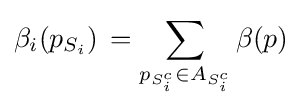
\beta _{i}(p_{S_{i}})\,=\displaystyle \sum \limits _{p_{S_{i}^{c}}\in A_{S_{i}^{c}}}\beta (p)